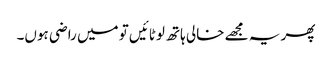
پھر یہ مجھے خالی ہاتھ لوٹائیں تو میں راضی ہوں۔